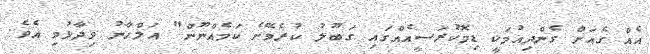
އެއް ގެއަށް ގެންދިއުމަކީ ޑިމޮކުރަސީއެއްގައި ގަބޫލު ކުރެވޭނެ ކަމެއްނޫން" އަލްހާނު ވިދާޅުވި އެވެ.